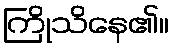
ကြိုသိနေ၏။